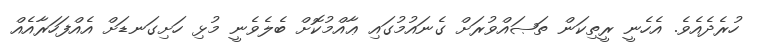
ހުރެދެއެވެ. އެހެނީ ރީތިކަން ތަޞައްވުރަށް ގެނައުމުގައި ޢާއްމުކޮށް ބެލެވެނީ މުޅި ހަށިގަނޑަށް އެއްފަހަރާއެއް